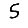
Digit: 5